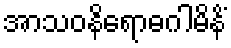
အာသဝနိရောဓဂါမိနိံ